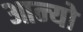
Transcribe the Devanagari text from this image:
आन्‍यो